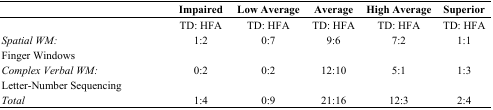
|  | Impaired | Low Average | Average | High Average | Superior |
 | --- | --- | --- | --- | --- | --- |
 |  | TD: HFA | TD: HFA | TD: HFA | TD: HFA | TD: HFA |
 | Spatial WM: Finger Windows | 1:2 | 0:7 | 9:6 | 7:2 | 1:1 |
 | Complex Verbal WM: Letter-Number Sequencing | 0:2 | 0:2 | 12:10 | 5:1 | 1:3 |
 | Total | 1:4 | 0:9 | 21:16 | 12:3 | 2:4 |